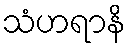
သံဟရာနိ